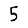
Digit: 5